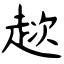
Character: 趑